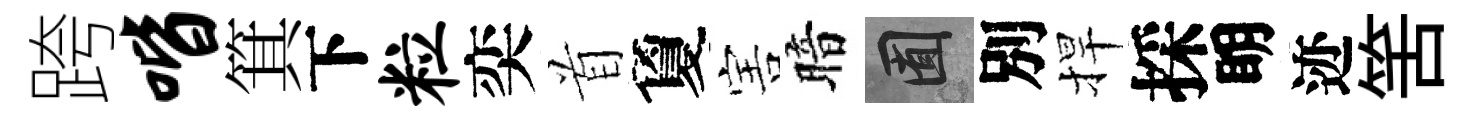
跨喈箕下粒奕首夐害暗囿別捍採眀迹筈